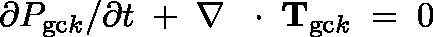
\partial P _ { \mathrm { g c } k } / \partial t \; + \; \nabla \, \mathrm { ~ \boldmath ~ \cdot ~ } \, { \bf T } _ { \mathrm { g c } k } \; = \; 0